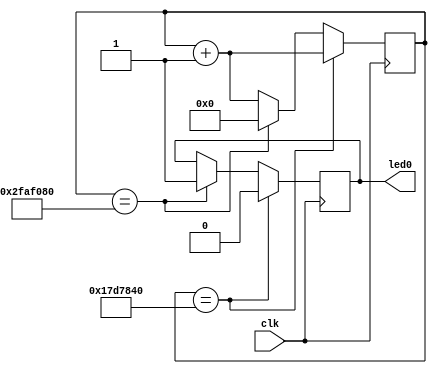
`timescale 1ns / 1ps
//////////////////////////////////////////////////////////////////////////////////
// Company: 
// Engineer: 
// 
// Design Name: 
// Module Name:    blink 
// Project Name: 
// Target Devices: 
// Tool versions: 
// Description: 
//
// Dependencies: 
//
// Revision: 
// Revision 0.01 - File Created
// Additional Comments: 
//
//////////////////////////////////////////////////////////////////////////////////
`define OFF_TIME 26'b01011111010111100001000000
`define ON_TIME 26'b10111110101111000010000000
`define TICK #2
module blink (clk, led0);
	input clk;
	
	output led0;
	
	reg [25:0]cnt;
	reg led0;
	
	initial begin
		led0 = 1'b1;
		cnt = 26'b0;
	end
	
	always @(posedge clk) begin
		cnt <= (cnt + 26'b1);
		if (cnt == `OFF_TIME) begin
			led0 <= 0;
		end
		else if (cnt == `ON_TIME) begin
			led0 <= 1;
			cnt <= 0;
		end
	end
endmodule